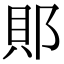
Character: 郥